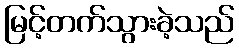
မြင့်တက်သွားခဲ့သည်